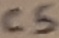
Text: C5